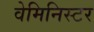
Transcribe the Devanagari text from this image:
वेमिनिस्टर